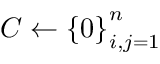
C \gets { \{ 0 \} } _ { i , j = 1 } ^ { n }